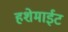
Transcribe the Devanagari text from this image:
हशेमाईट